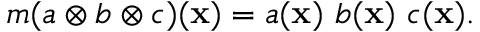
m ( a \otimes b \otimes c ) { ( { \bf x ) } } = a ( { \bf x } ) \, \, b ( { \bf x } ) \, \, c ( { \bf x } ) .